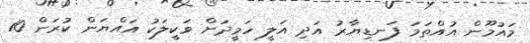
މައުމޫން އުއްތަމަ ފަނޑިޔާރު އަދި އަލީ ހަމީދަށް ވަކީލަކު އައްޔަން ކުރަން 10